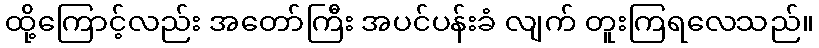
ထို့ကြောင့်လည်း အတော်ကြီး အပင်ပန်းခံ လျက် တူးကြရလေသည်။